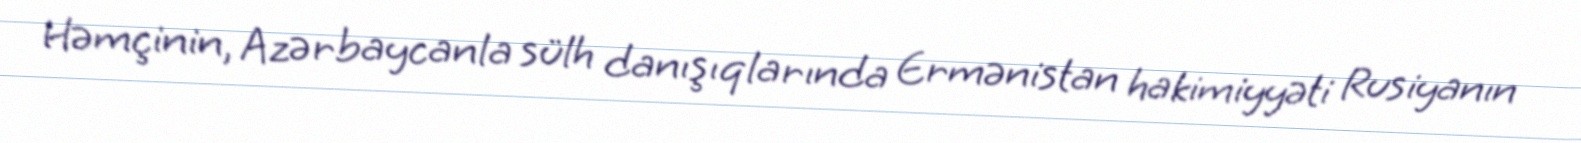
Həmçinin, Azərbaycanla sülh danışıqlarında Ermənistan hakimiyyəti Rusiyanın